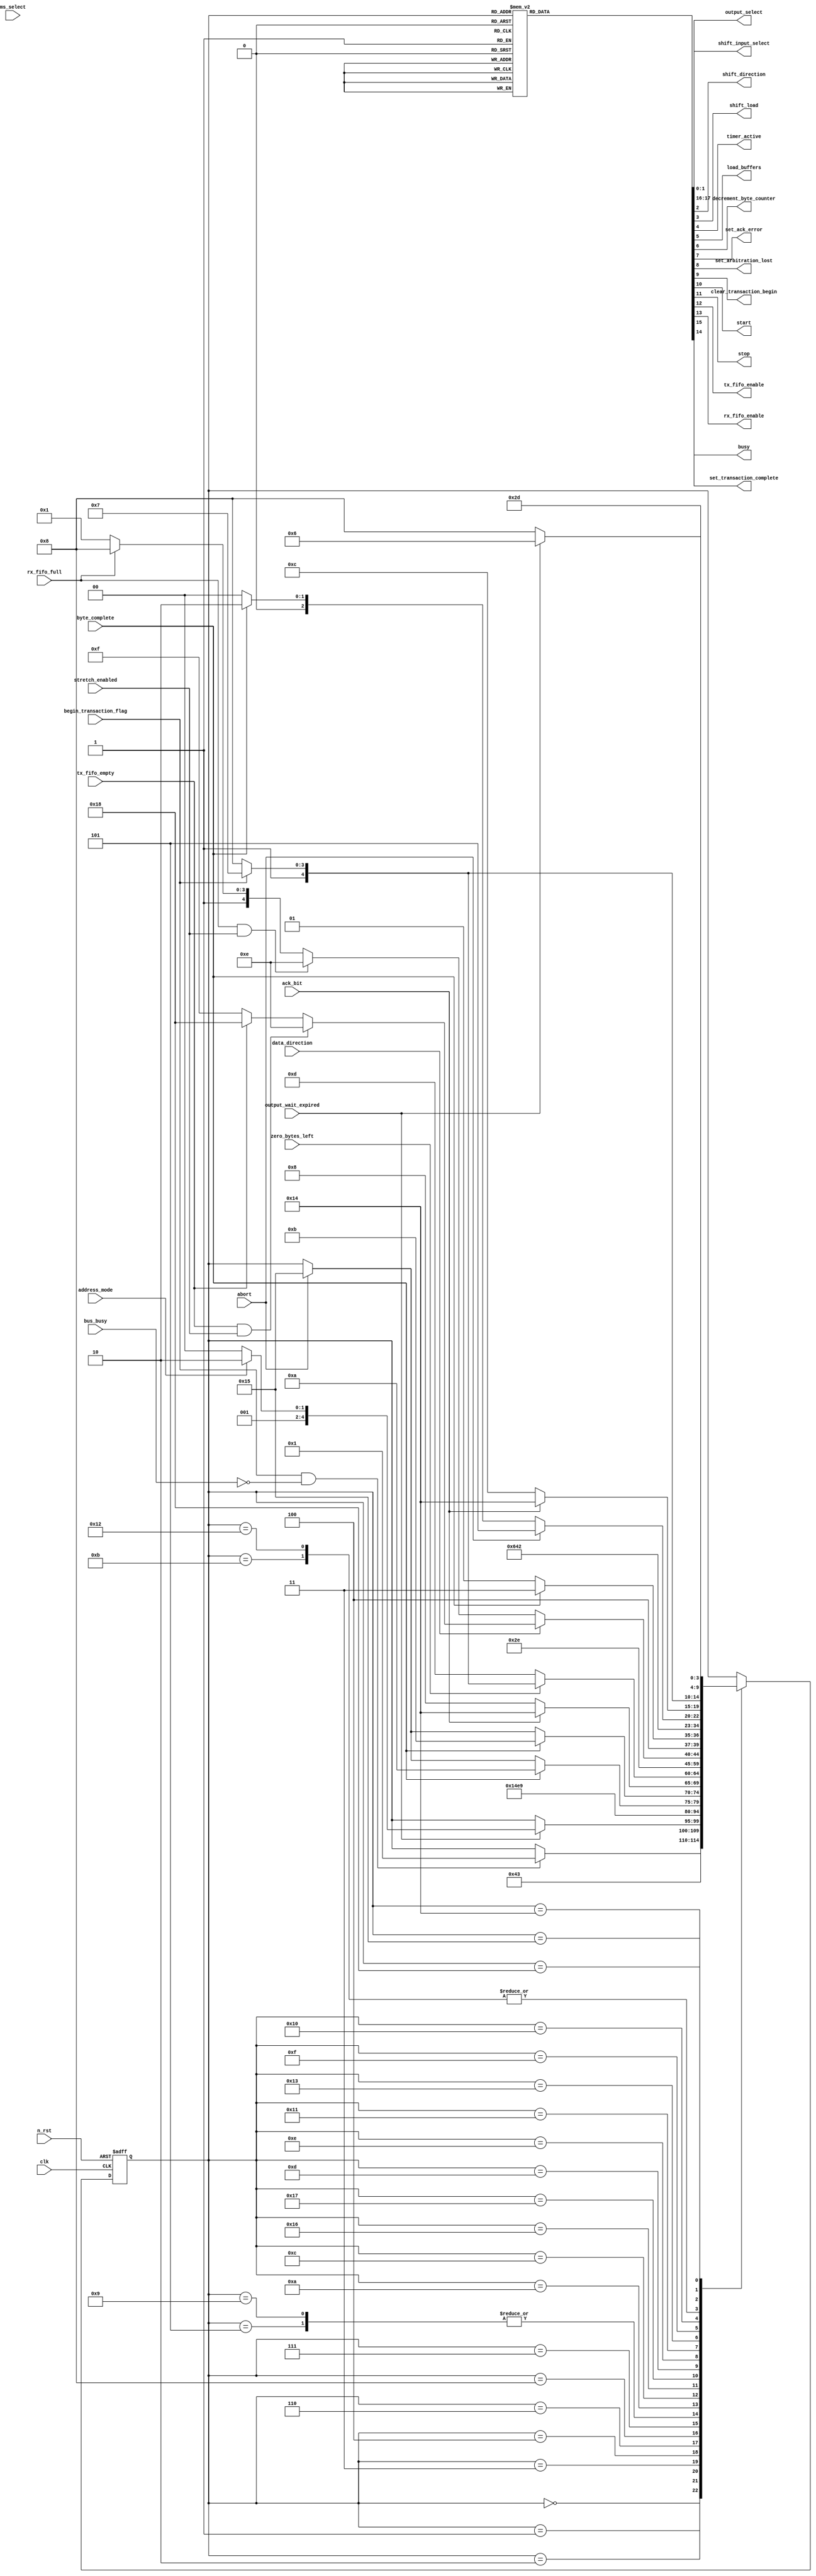
module master_controller (
	clk,
	n_rst,
	address_mode,
	ms_select,
	bus_busy,
	begin_transaction_flag,
	ack_bit,
	data_direction,
	output_wait_expired,
	byte_complete,
	zero_bytes_left,
	abort,
	stretch_enabled,
	rx_fifo_full,
	tx_fifo_empty,
	shift_input_select,
	output_select,
	shift_direction,
	shift_load,
	timer_active,
	load_buffers,
	decrement_byte_counter,
	set_ack_error,
	set_arbitration_lost,
	clear_transaction_begin,
	start,
	stop,
	tx_fifo_enable,
	rx_fifo_enable,
	busy,
	set_transaction_complete
);
	input clk;
	input n_rst;
	input address_mode;
	input ms_select;
	input bus_busy;
	input begin_transaction_flag;
	input ack_bit;
	input data_direction;
	input output_wait_expired;
	input byte_complete;
	input zero_bytes_left;
	input abort;
	input stretch_enabled;
	input rx_fifo_full;
	input tx_fifo_empty;
	output reg [1:0] shift_input_select;
	output reg [1:0] output_select;
	output reg shift_direction;
	output reg shift_load;
	output reg timer_active;
	output reg load_buffers;
	output reg decrement_byte_counter;
	output reg set_ack_error;
	output reg set_arbitration_lost;
	output reg clear_transaction_begin;
	output reg start;
	output reg stop;
	output reg tx_fifo_enable;
	output reg rx_fifo_enable;
	output reg busy;
	output reg set_transaction_complete;
	reg [4:0] state;
	reg [4:0] next_state;
	localparam [0:0] ADDR_7_BIT = 0;
	localparam [4:0] CHK_ADD_ACK1 = 10;
	localparam [4:0] CHK_ADD_ACK2 = 11;
	localparam [4:0] CHK_BYTE_COUNT = 12;
	localparam [4:0] CHK_T_ACK = 18;
	localparam [4:0] DEC_BYTE_COUNT = 13;
	localparam [4:0] FLAG_CLEAR = 1;
	localparam [4:0] IDLE = 0;
	localparam [4:0] LOAD_10ADDR1 = 6;
	localparam [4:0] LOAD_10ADDR2 = 8;
	localparam [4:0] LOAD_7ADDR = 4;
	localparam [4:0] LOAD_BUFFER = 2;
	localparam [4:0] LOAD_BYTE = 15;
	localparam [4:0] RECEIVE = 17;
	localparam [0:0] RX = 0;
	localparam [4:0] SAVE_BYTE = 19;
	localparam [4:0] SEND_10ADDR1 = 7;
	localparam [4:0] SEND_10ADDR2 = 9;
	localparam [4:0] SEND_7ADDR = 5;
	localparam [4:0] SEND_START = 3;
	localparam [4:0] SEND_STOP = 24;
	localparam [4:0] SET_ABORT = 21;
	localparam [4:0] SET_COMPLETE = 22;
	localparam [4:0] SET_ERROR = 20;
	localparam [4:0] SR_SET_COMPLETE = 23;
	localparam [4:0] STRETCH = 14;
	localparam [4:0] TRANSMIT = 16;
	always @(*) begin
		next_state = state;
		case (state)
			IDLE:
				if (begin_transaction_flag && !bus_busy)
					next_state = FLAG_CLEAR;
			FLAG_CLEAR: next_state = LOAD_BUFFER;
			LOAD_BUFFER: next_state = SEND_START;
			SEND_START:
				if (output_wait_expired)
					if (address_mode == ADDR_7_BIT)
						next_state = LOAD_7ADDR;
					else
						next_state = LOAD_10ADDR1;
			LOAD_7ADDR: next_state = SEND_7ADDR;
			LOAD_10ADDR1: next_state = SEND_10ADDR1;
			LOAD_10ADDR2: next_state = SEND_10ADDR2;
			SEND_7ADDR: begin
				if (abort)
					next_state = SET_ABORT;
				if (byte_complete)
					next_state = CHK_ADD_ACK2;
			end
			SEND_10ADDR1: begin
				if (abort)
					next_state = SET_ABORT;
				if (byte_complete)
					next_state = CHK_ADD_ACK1;
			end
			SEND_10ADDR2: begin
				if (abort)
					next_state = SET_ABORT;
				if (byte_complete)
					next_state = CHK_ADD_ACK2;
			end
			CHK_ADD_ACK1: next_state = (!ack_bit ? LOAD_10ADDR2 : SET_ERROR);
			CHK_ADD_ACK2: next_state = (!ack_bit ? CHK_BYTE_COUNT : SET_ERROR);
			CHK_BYTE_COUNT:
				if (zero_bytes_left)
					next_state = (begin_transaction_flag ? SR_SET_COMPLETE : SEND_STOP);
				else
					next_state = DEC_BYTE_COUNT;
			SET_COMPLETE: next_state = IDLE;
			SR_SET_COMPLETE: next_state = FLAG_CLEAR;
			DEC_BYTE_COUNT: next_state = STRETCH;
			STRETCH:
				if (data_direction == RX) begin
					if (rx_fifo_full && stretch_enabled)
						next_state = STRETCH;
					else if (rx_fifo_full)
						next_state = SEND_STOP;
					else
						next_state = RECEIVE;
				end
				else if (tx_fifo_empty && stretch_enabled)
					next_state = STRETCH;
				else if (tx_fifo_empty)
					next_state = SEND_STOP;
				else
					next_state = LOAD_BYTE;
			RECEIVE: next_state = (byte_complete ? SAVE_BYTE : RECEIVE);
			SAVE_BYTE: next_state = CHK_BYTE_COUNT;
			LOAD_BYTE: next_state = TRANSMIT;
			TRANSMIT:
				if (abort)
					next_state = SET_ABORT;
				else
					next_state = (byte_complete ? CHK_T_ACK : TRANSMIT);
			CHK_T_ACK: next_state = (ack_bit == 0 ? CHK_BYTE_COUNT : SET_ERROR);
			SET_ERROR:
				if (begin_transaction_flag)
					next_state = SR_SET_COMPLETE;
				else
					next_state = SEND_STOP;
			SET_ABORT: next_state = SET_COMPLETE;
			SEND_STOP: next_state = (output_wait_expired ? SET_COMPLETE : SEND_STOP);
		endcase
	end
	always @(posedge clk or negedge n_rst)
		if (!n_rst)
			state <= IDLE;
		else
			state <= next_state;
	localparam [1:0] DS_IDLE = 0;
	localparam [1:0] DS_RECEIVE = 2;
	localparam [1:0] DS_START_STOP = 1;
	localparam [1:0] DS_TRANSMIT = 3;
	localparam [1:0] SS_10_BIT_ADDRESS_BYTE_1 = 0;
	localparam [1:0] SS_10_BIT_ADDRESS_BYTE_2 = 1;
	localparam [1:0] SS_7_BIT_ADDRESS = 2;
	localparam [1:0] SS_TX_FIFO = 3;
	localparam [0:0] TX = 1;
	always @(*) begin
		shift_input_select = SS_TX_FIFO;
		output_select = DS_RECEIVE;
		shift_direction = RX;
		shift_load = 0;
		timer_active = 0;
		load_buffers = 0;
		decrement_byte_counter = 0;
		set_ack_error = 0;
		set_arbitration_lost = 0;
		clear_transaction_begin = 0;
		stop = 0;
		start = 0;
		busy = 1;
		set_transaction_complete = 0;
		tx_fifo_enable = 0;
		rx_fifo_enable = 0;
		case (state)
			IDLE: begin
				busy = 0;
				output_select = DS_IDLE;
			end
			FLAG_CLEAR: begin
				clear_transaction_begin = 1;
				output_select = DS_IDLE;
			end
			LOAD_BUFFER: begin
				load_buffers = 1;
				output_select = DS_IDLE;
			end
			SEND_START: begin
				output_select = DS_START_STOP;
				start = 1;
			end
			SEND_STOP: begin
				output_select = DS_START_STOP;
				stop = 1;
			end
			LOAD_7ADDR: begin
				shift_input_select = SS_7_BIT_ADDRESS;
				shift_load = 1;
			end
			LOAD_10ADDR1: begin
				shift_input_select = SS_10_BIT_ADDRESS_BYTE_1;
				shift_load = 1;
			end
			LOAD_10ADDR2: begin
				shift_input_select = SS_10_BIT_ADDRESS_BYTE_2;
				shift_load = 1;
			end
			LOAD_BYTE: begin
				shift_input_select = SS_TX_FIFO;
				shift_load = 1;
				tx_fifo_enable = 1;
			end
			SEND_7ADDR: begin
				timer_active = 1;
				shift_direction = TX;
				output_select = DS_TRANSMIT;
			end
			SEND_10ADDR1: begin
				timer_active = 1;
				shift_direction = TX;
				output_select = DS_TRANSMIT;
			end
			SEND_10ADDR2: begin
				timer_active = 1;
				shift_direction = TX;
				output_select = DS_TRANSMIT;
			end
			TRANSMIT: begin
				timer_active = 1;
				shift_direction = TX;
				output_select = DS_TRANSMIT;
			end
			DEC_BYTE_COUNT: decrement_byte_counter = 1;
			RECEIVE: begin
				timer_active = 1;
				shift_direction = RX;
			end
			SAVE_BYTE: rx_fifo_enable = 1;
			SET_ERROR: set_ack_error = 1;
			SET_ABORT: set_arbitration_lost = 1;
			SET_COMPLETE: begin
				set_transaction_complete = 1;
				output_select = DS_IDLE;
			end
			SR_SET_COMPLETE: set_transaction_complete = 1;
		endcase
	end
endmodule